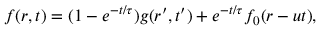
f ( \boldsymbol { r } , t ) = ( 1 - e ^ { - t / \tau } ) g ( \boldsymbol { r } ^ { \prime } , t ^ { \prime } ) + e ^ { - t / \tau } f _ { 0 } ( \boldsymbol { r } - \boldsymbol { u } t ) ,